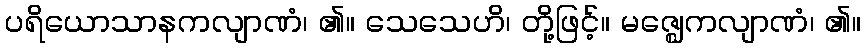
ပရိယောသာနကလျာဏံ၊ ၏။ သေသေဟိ၊ တို့ဖြင့်။ မဇ္ဈေကလျာဏံ၊ ၏။